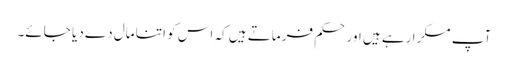
آپ مسکرا رہے ہیں اور حکم فرماتے ہیں کہ اس کو اتنا مال دے دیا جائے۔